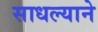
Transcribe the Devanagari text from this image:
साधल्याने